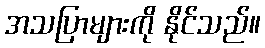
အသပြာများကို နိုင်သည်။